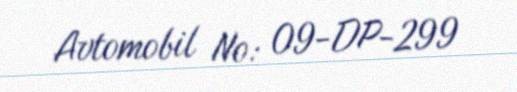
Avtomobil №: 09-DP-299